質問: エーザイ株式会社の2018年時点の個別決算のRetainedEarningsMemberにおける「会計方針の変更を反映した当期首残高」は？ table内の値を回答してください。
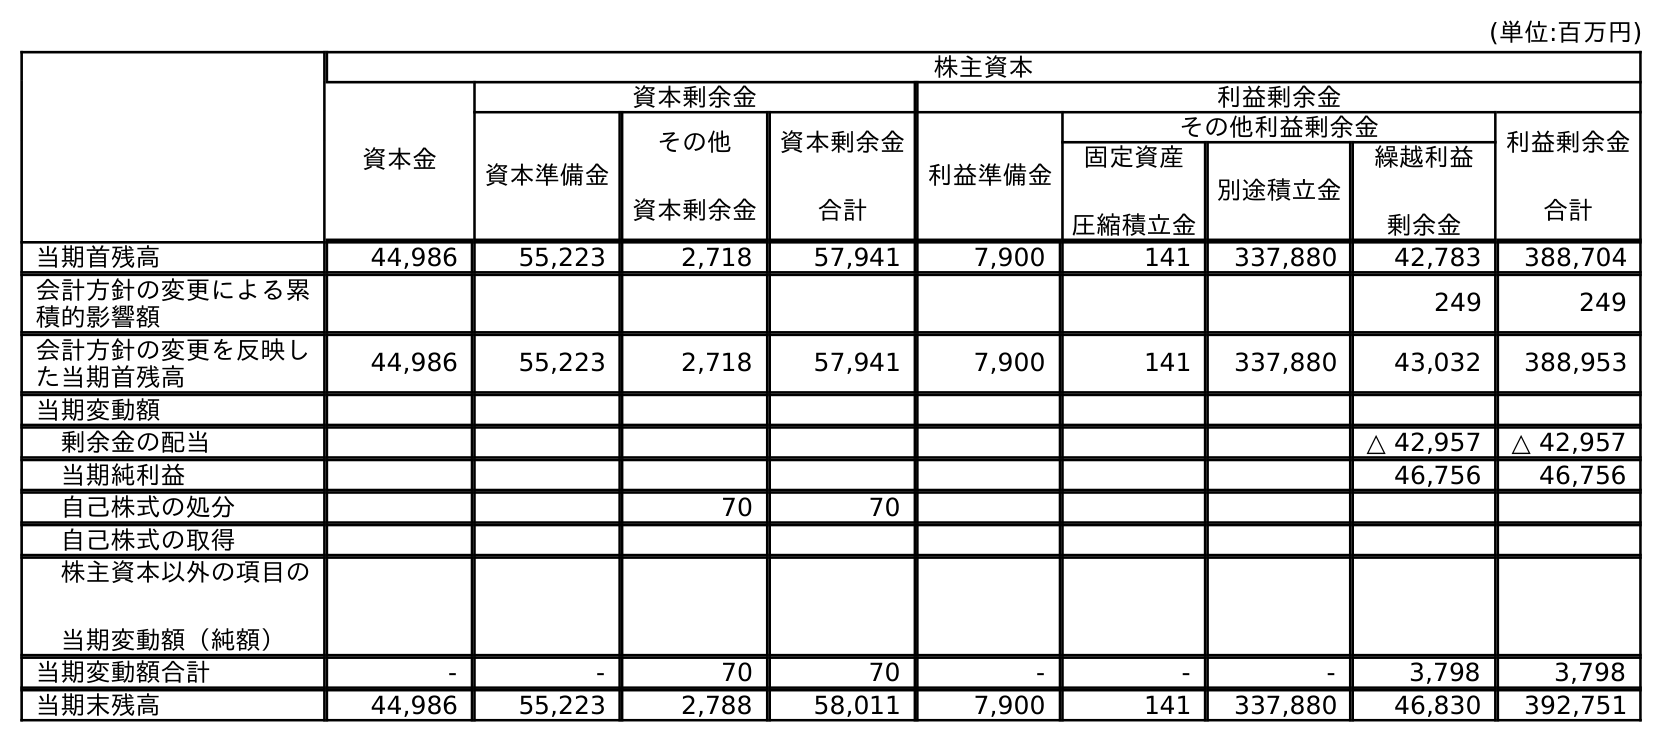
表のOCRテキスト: (単位:百万円) 株主資本 資本金 資本剰余金 利益剰余金 資本準備金 その他 資本剰余金 資本剰余金 合計 利益準備金 その他利益剰余金 利益剰余金 合計 固定資産 圧縮積立金 別途積立金 繰越利益 剰余金 当期首残高 44,986 55,223 2,718 57,941 7,900 141 337,880 42,783 388,704 会計方針の変更による累 積的影響額 249 249 会計方針の変更を反映し た当期首残高 44,986 55,223 2,718 57,941 7,900 141 337,880 43,032 388,953 当期変動額 剰余金の配当 △ 42,957 △ 42,957 当期純利益 46,756 46,756 自己株式の処分 70 70 自己株式の取得 株主資本以外の項目の 当期変動額（純額） 当期変動額合計 - - 70 70 - - - 3,798 3,798 当期末残高 44,986 55,223 2,788 58,011 7,900 141 337,880 46,830 392,751
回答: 388,953